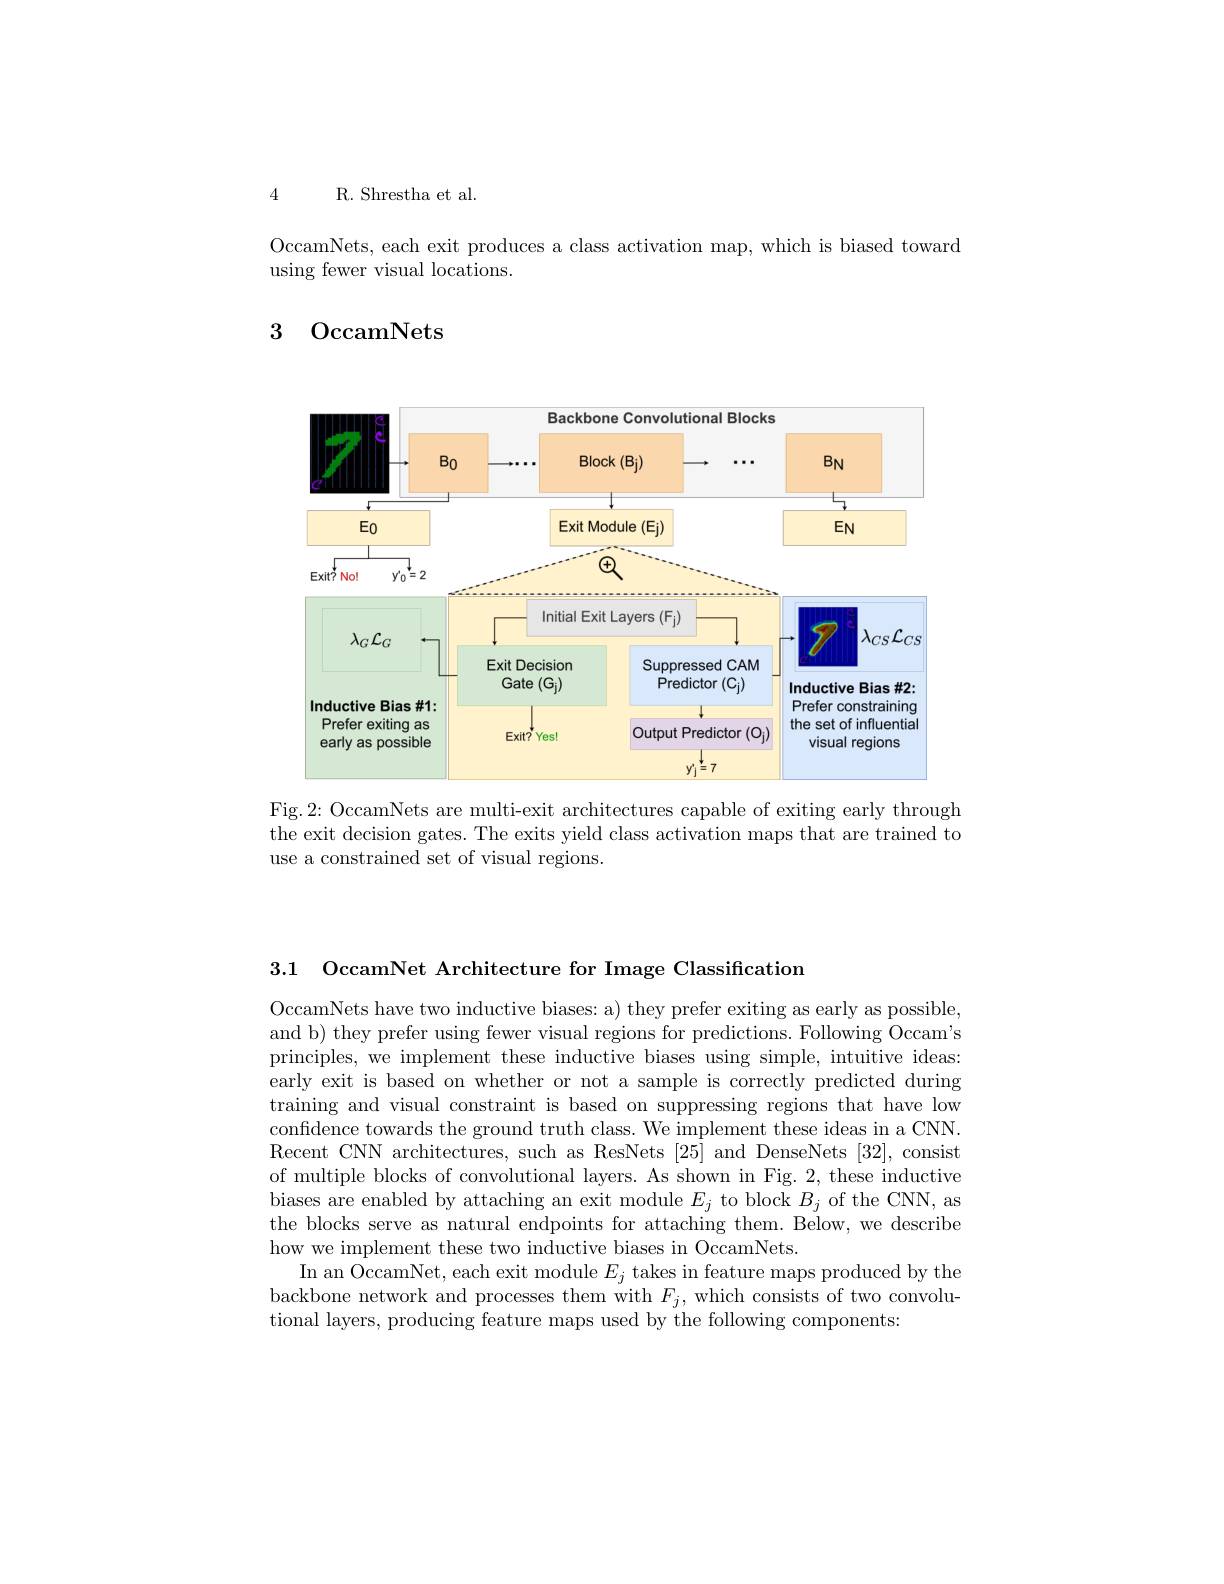
4 R. Shrestha et al.

OccamNets, each exit produces a class activation map, which is biased toward
using fewer visual locations.

### 3 OccamNets

<FigureHere>

Fig.2: OccamNets are multi-exit architectures capable of exiting early through the exit decision gates. The exits yield class activation maps that are trained to use a constrained set of visual regions.

3.1 OccamNet Architecture for Image Classification

OccamNets have two inductive biases: a) they prefer exiting as early as possible, and b) they prefer using fewer visual regions for predictions. Following Occam's principles, we implement these inductive biases using simple, intuitive ideas: early exit is based on whether or not a sample is correctly predicted during training and visual constraint is based on suppressing regions that have low confidence towards the ground truth class. We implement these ideas in a CNN. Recent CNN architectures, such as ResNets [25] and DenseNets [32], consist of multiple blocks of convolutional layers. As shown in Fig. 2, these inductive biases are enabled by attaching an exit module $E_j$ to block $B_j$ of the CNN, as the blocks serve as natural endpoints for attaching them. Below, we describe how we implement these two inductive biases in OccamNets.
In an OccamNet, each exit module $E_j$ takes in feature maps produced by the backbone network and processes them with $F_j$, which consists of two convolutional layers, producing feature maps used by the following components: